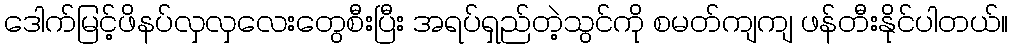
ဒေါက်မြင့်ဖိနပ်လှလှလေးတွေစီးပြီး အရပ်ရှည်တဲ့သွင်ကို စမတ်ကျကျ ဖန်တီးနိုင်ပါတယ်။